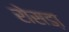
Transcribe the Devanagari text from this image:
रोसडा़